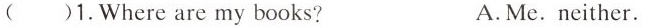
( )1.Where are my books? A.Me. Neither.